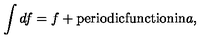
\int d f = f + \mathrm { p e r i o d i c f u n c t i o n i n } a ,